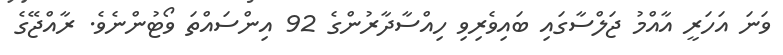
ވަނަ އަހަރީ އާއްމު ޖަލްސާގައި ބައިވެރިވި ހިއްސާދާރުންގެ 92 އިންސައްތަ ވޯޓުންނެވެ. ރާއްޖޭގެ